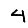
Digit: 4